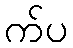
က်ပ